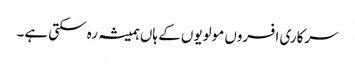
سرکاری افسروں مولویوں کے ہاں ہمیشہ رہ سکتی ہے۔